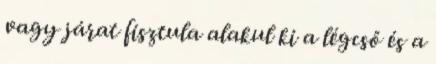
vagy járat fisztula alakul ki a légcső és a